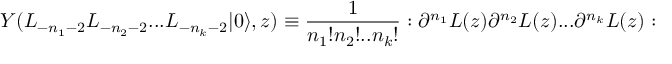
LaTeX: Y ( L _ { - n _ { 1 } - 2 } L _ { - n _ { 2 } - 2 } . . . L _ { - n _ { k } - 2 } | 0 \rangle , z ) \equiv { \frac { 1 } { n _ { 1 } ! n _ { 2 } ! . . n _ { k } ! } } : \partial ^ { n _ { 1 } } L ( z ) \partial ^ { n _ { 2 } } L ( z ) . . . \partial ^ { n _ { k } } L ( z ) :